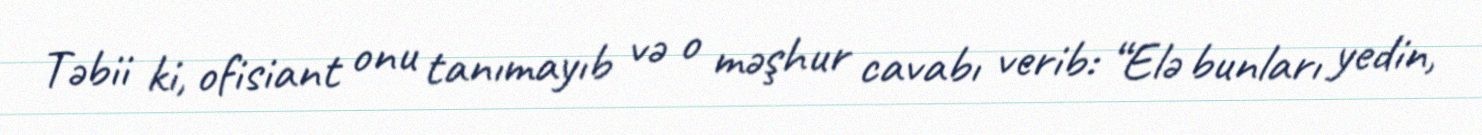
Təbii ki, ofisiant onu tanımayıb və o məşhur cavabı verib: “Elə bunları yedin,